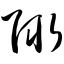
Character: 陬